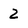
Character: 2